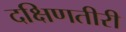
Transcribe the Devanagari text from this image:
दक्षिणतीरी